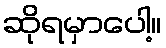
ဆိုရမှာပေါ့။